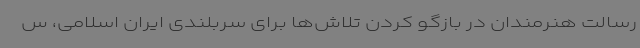
رسالت هنرمندان در بازگو کردن تلاش‌ها برای سربلندی ایران اسلامی، س